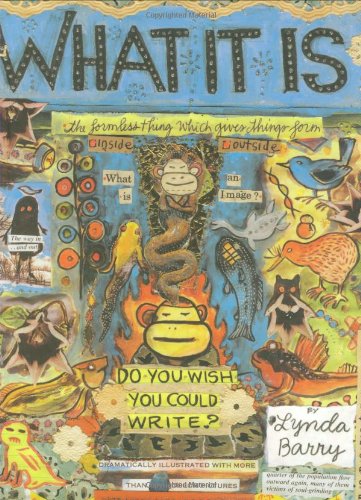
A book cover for What It Is; Lynda Barry; Comics & Graphic Novels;